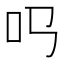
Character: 𠮤